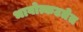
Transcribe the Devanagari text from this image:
भावोत्कटतेत